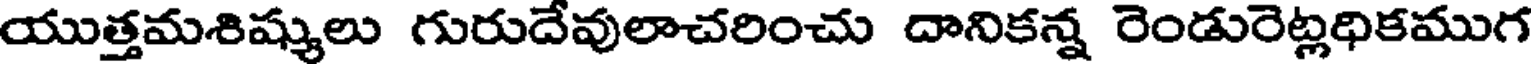
యుత్తమశిష్యులు గురుదేవులాచరించు దానికన్న రెండురెట్లధికముగ